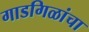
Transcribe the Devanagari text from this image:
गाडगिळांचा